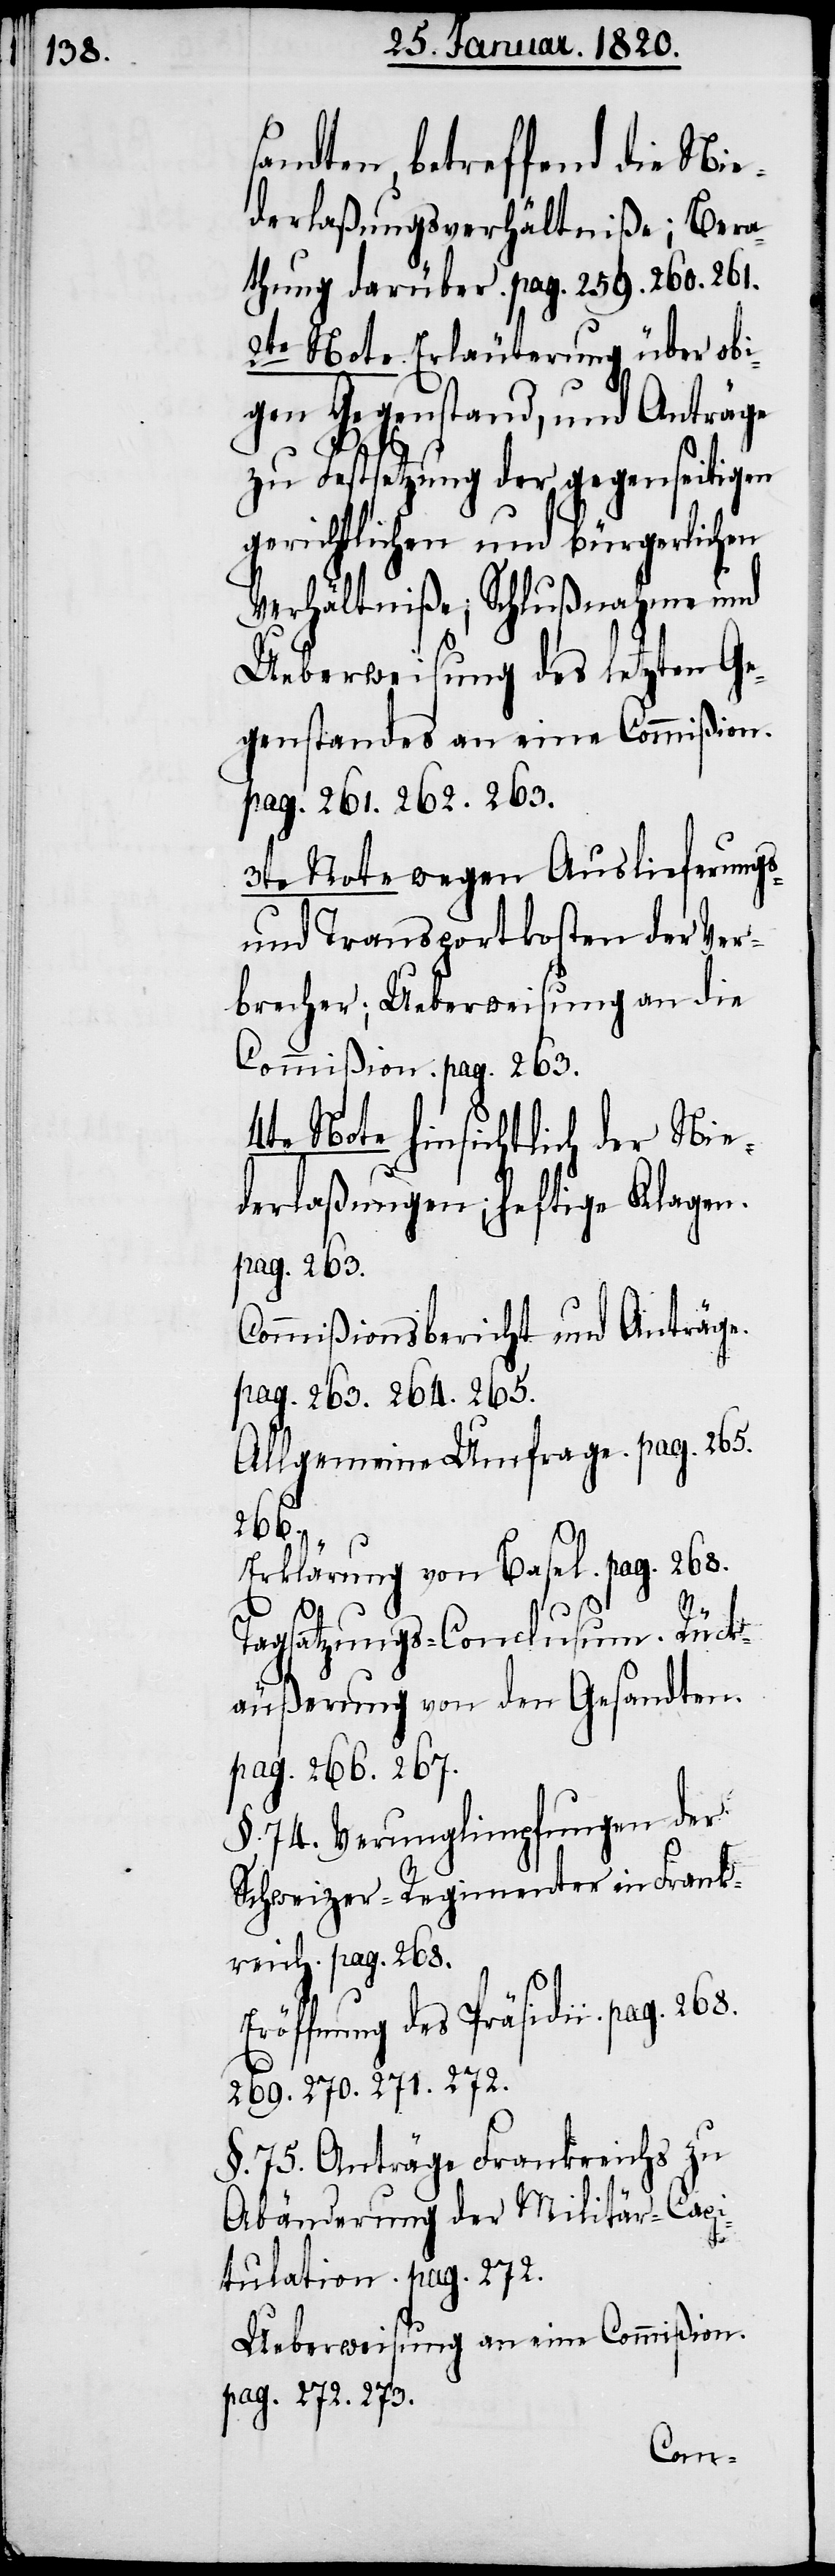
sandten, betreffend die Nie¬
derlaßungsverhältniße; Bera¬
thung darüber. pag. 259. 260. 261.
2te Note. Erläuterung über obi¬
gen Gegenstand, und Anträge
zu Festsetzung der gegenseitigen
gerichtlichen und bürgerlichen
Verhältniße; Schlußnahme und
Ueberweisung des letzten Ge¬
genstandes an eine Commißion.
pag. 261. 262. 263.
3te Note wegen Auslieferungs-
und Transportkosten der Ver¬
brecher; Ueberweisung an die
Commißion. pag. 263.
4te Note hinsichtlich der Nie¬
derlaßungen; heftige Klagen.
pag 263.
Commißionsbericht und Anträge.
pag. 263. 264. 265.
Allgemeine Umfrage. pag. 265.
266.
Erklärung von Basel. pag. 268.
Tagsatzungs-Conclusum. Rück¬
äußerung von den Gesandten.
pag. 266. 267.
§. 74. Verunglimpfungen der
Schweizer-Regimenter in Frank¬
reich. pag. 268.
Eröffnung des Präsidii. pag. 268.
269. 270. 271. 272.
§. 75. Anträge Frankreichs zu
Abänderung der Militär-Capi¬
tulation. pag. 272.
Ueberweisung an eine Commißion.
pag. 272. 273.